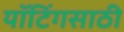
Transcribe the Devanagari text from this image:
यॉटिंगसाठी